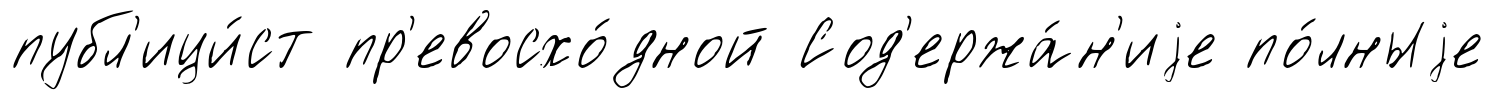
публ'ици́ст пр'евосхо́дной Сод'ержа́н'иjе по́лныjе